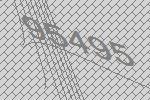
95495